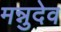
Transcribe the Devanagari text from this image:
मन्नुदेव